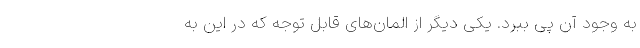
به وجود آن پی ببرد. یکی دیگر از المان‌های قابل توجه که در این به‌